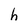
Character: h